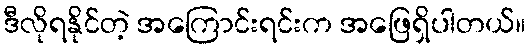
ဒီလိုရနိုင်တဲ့ အကြောင်းရင်းက အဖြေရှိပါတယ်။